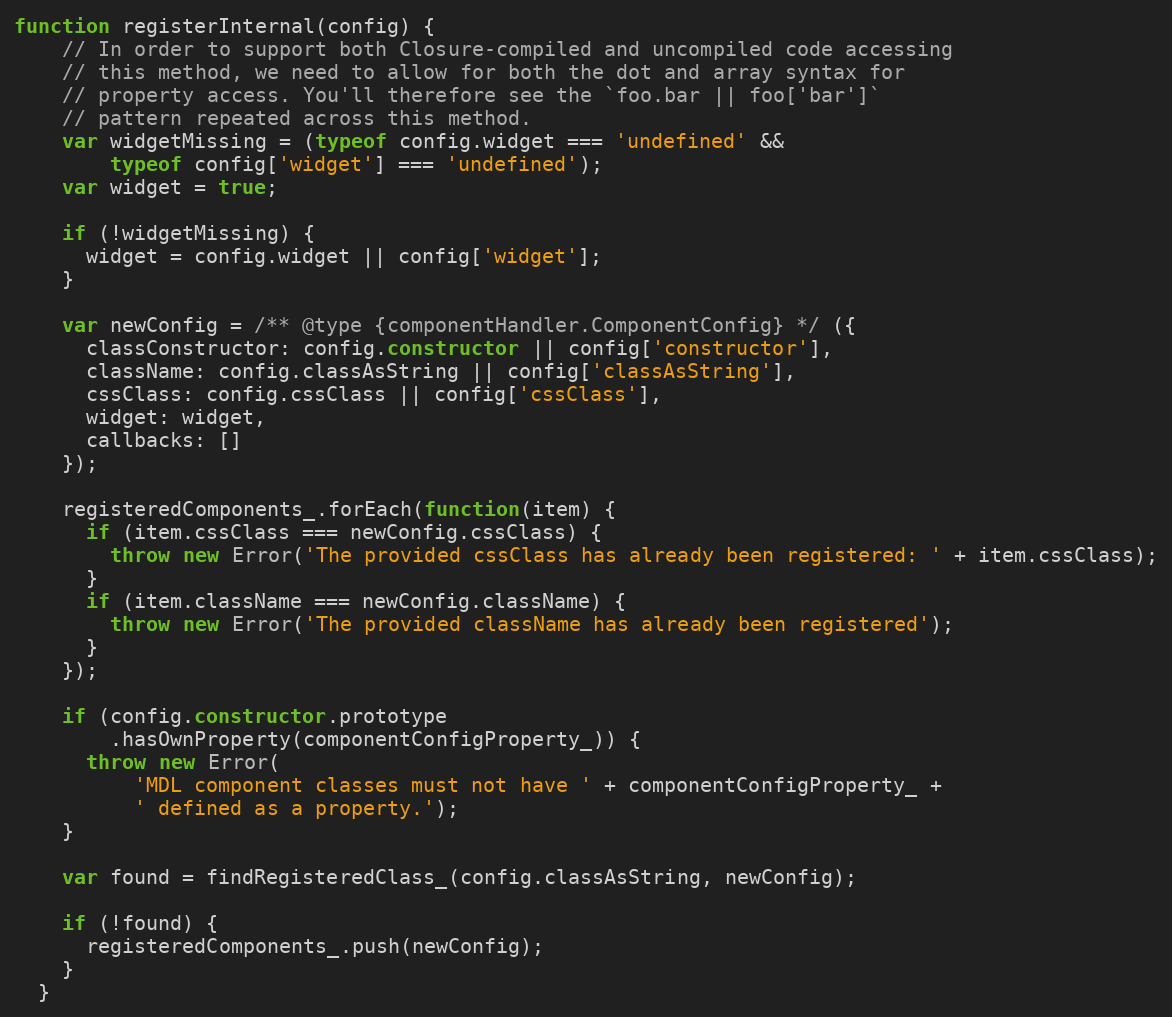
Language: JavaScript
function registerInternal(config) {
    // In order to support both Closure-compiled and uncompiled code accessing
    // this method, we need to allow for both the dot and array syntax for
    // property access. You'll therefore see the `foo.bar || foo['bar']`
    // pattern repeated across this method.
    var widgetMissing = (typeof config.widget === 'undefined' &&
        typeof config['widget'] === 'undefined');
    var widget = true;

    if (!widgetMissing) {
      widget = config.widget || config['widget'];
    }

    var newConfig = /** @type {componentHandler.ComponentConfig} */ ({
      classConstructor: config.constructor || config['constructor'],
      className: config.classAsString || config['classAsString'],
      cssClass: config.cssClass || config['cssClass'],
      widget: widget,
      callbacks: []
    });

    registeredComponents_.forEach(function(item) {
      if (item.cssClass === newConfig.cssClass) {
        throw new Error('The provided cssClass has already been registered: ' + item.cssClass);
      }
      if (item.className === newConfig.className) {
        throw new Error('The provided className has already been registered');
      }
    });

    if (config.constructor.prototype
        .hasOwnProperty(componentConfigProperty_)) {
      throw new Error(
          'MDL component classes must not have ' + componentConfigProperty_ +
          ' defined as a property.');
    }

    var found = findRegisteredClass_(config.classAsString, newConfig);

    if (!found) {
      registeredComponents_.push(newConfig);
    }
  }